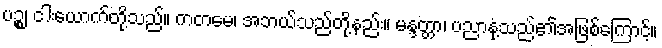
ပဉ္စ၊ ငါးယောက်တို့သည်။ ကတမေ၊ အဘယ်သည်တို့နည်း။ မန္ဒတ္တာ၊ ပညာနုံ့သည်၏အဖြစ်ကြောင့်။